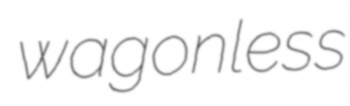
wagonless